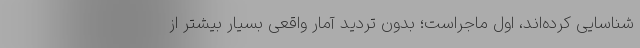
شناسایی کرده‌اند، اول ماجراست؛ بدون تردید آمار واقعی بسیار بیشتر از